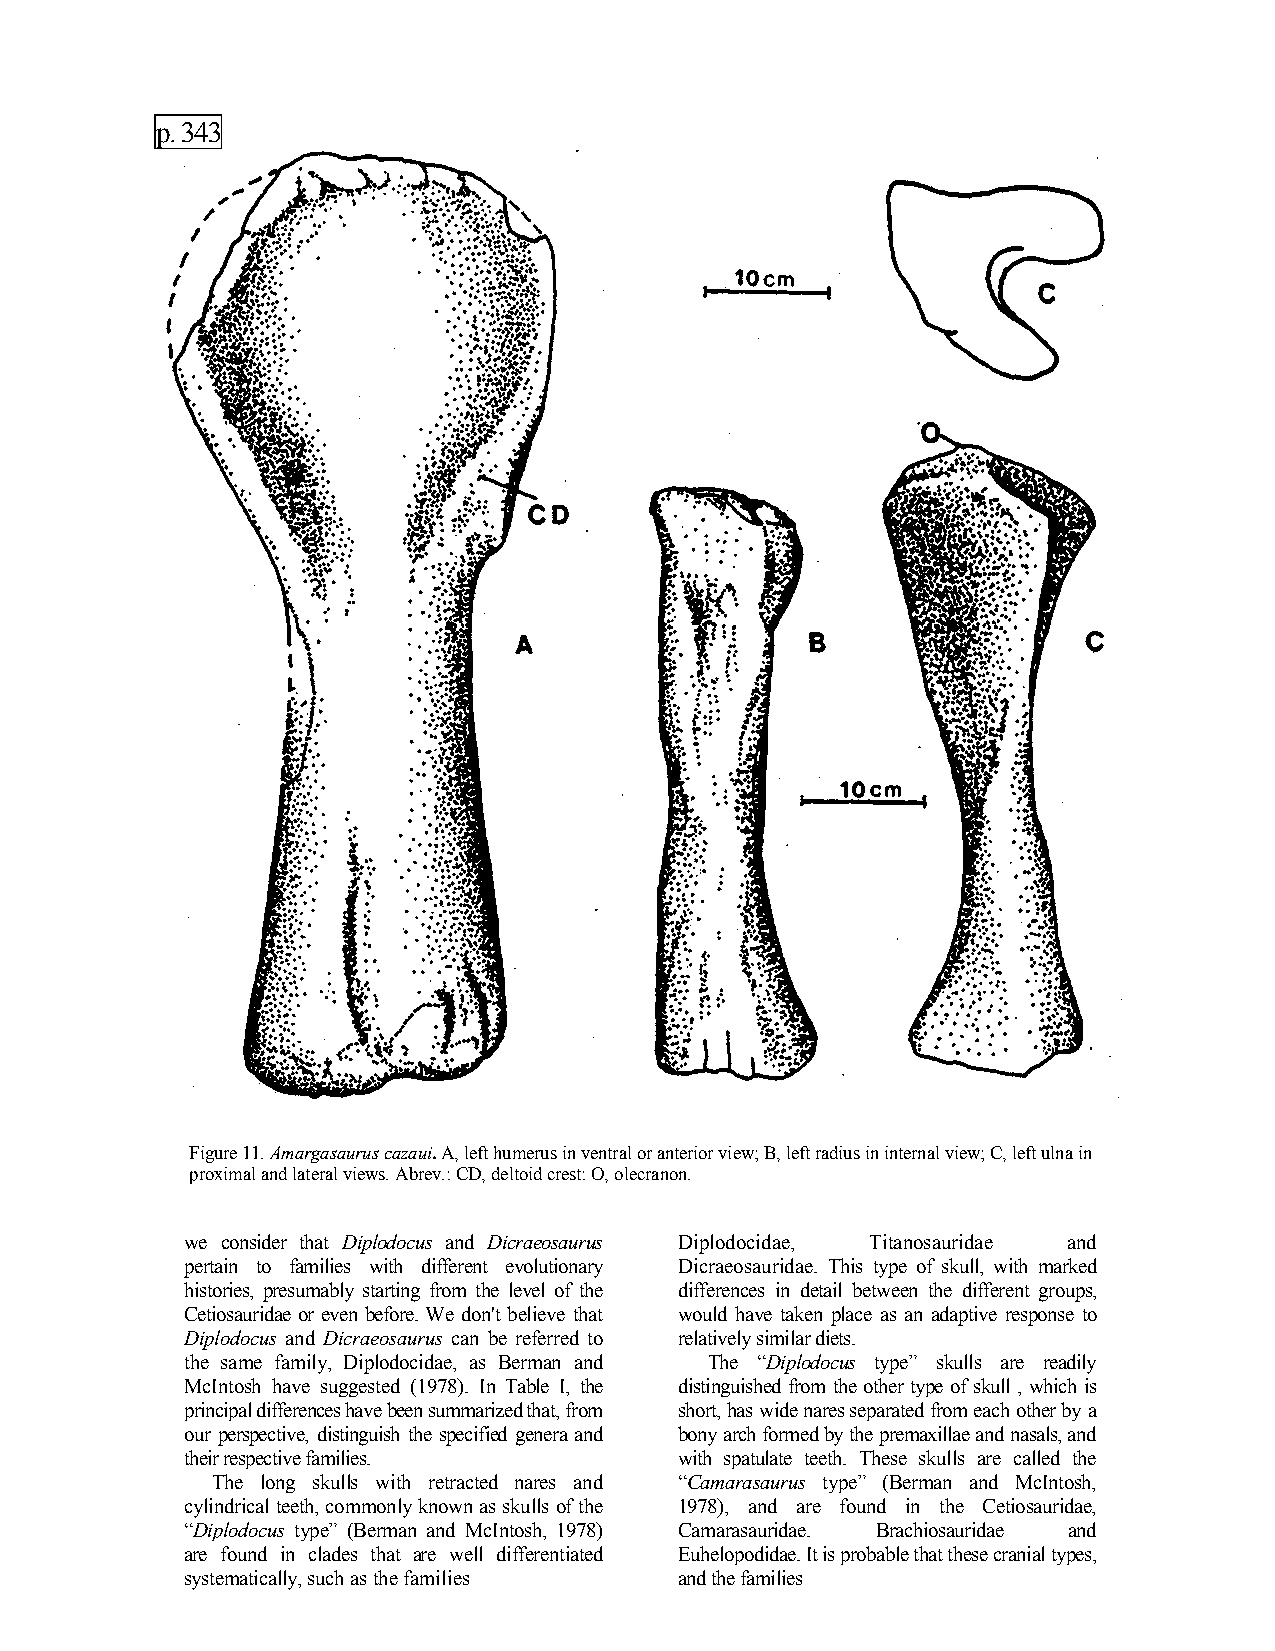
p. 343
 Figure 11. Amargasaurus cazaui. A, left humerus in ventral or anterior view; B, left radius in internal view; C, left ulna in
 proximal and lateral views. Abrev.: CD, deltoid crest: O, olecranon.
 we consider that Diplodocus and Dicraeosaurus Diplodocidae, Titanosauridae and
 pertain to families with different evolutionary Dicraeosauridae. This type of skull, with marked
 histories, presumably starting from the level of the differences in detail between the different groups,
 Cetiosauridae or even before. We don't believe that would have taken place as an adaptive response to
 Diplodocus and Dicraeosaurus can be referred to relatively similar diets.
 the same family, Diplodocidae, as Berman and The “Diplodocus type” skulls are readily
 McIntosh have suggested (1978). In Table I, the distinguished from the other type of skull , which is
 principal differences have been summarized that, from short, has wide nares separated from each other by a
 our perspective, distinguish the specified genera and bony arch formed by the premaxillae and nasals, and
 their respective families.       with spatulate teeth. These skulls are called the
 The long skulls with retracted nares and “Camarasaurus type” (Berman and McIntosh,
 cylindrical teeth, commonly known as skulls of the 1978), and are found in the Cetiosauridae,
 “Diplodocus type” (Berman and McIntosh, 1978) Camarasauridae. Brachiosauridae and
 are found in clades that are well differentiated Euhelopodidae. It is probable that these cranial types,
 systematically, such as the families and the families